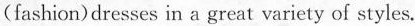
(fashion)dresses in a great variety of styles.